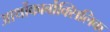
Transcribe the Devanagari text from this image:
आर्थोकार्बोक्सिलिक